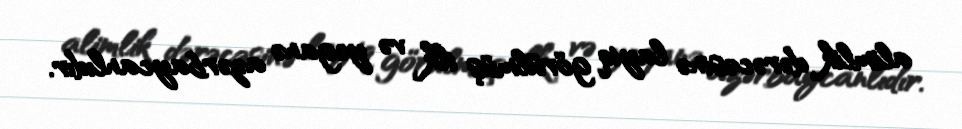
alimlik dərəcəsinə layiq görülmüş ilk və yeganə azərbaycanlıdır.